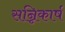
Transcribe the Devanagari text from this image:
सन्निकार्ष